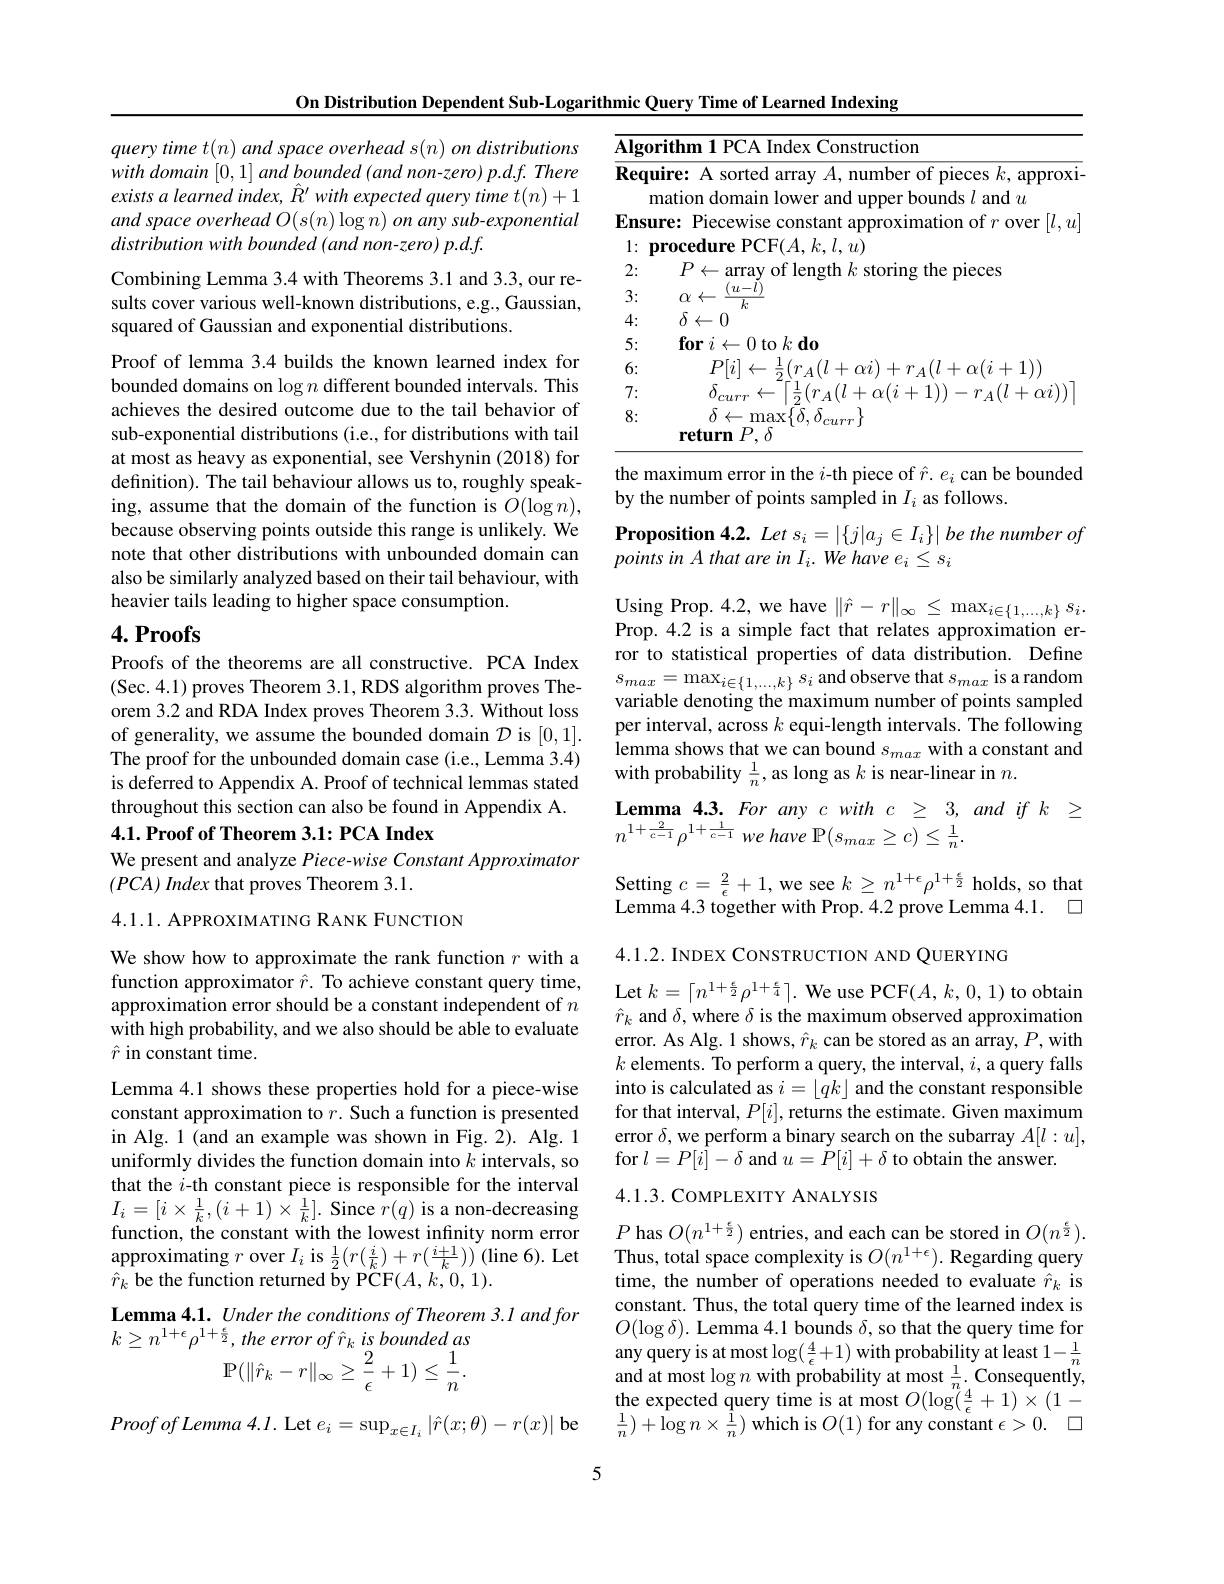
On Distribution Dependent Sub-Logarithmic Query Time of Learned Indexing

query time $t(n)$ and space overhead s(n) on distributions with domain [0,1] and bounded (and non-zero) p.d.f. There exists a learned index, $\hat{R}^{\prime}$ with expected query time $t(n)+1$ and space overhead O(s(n) log n) on any sub-exponential distribution with bounded (and non-zero) p.d.f.

Combining Lemma 3.4 with Theorems 3.1 and 3.3, our results cover various well-known distributions, e.g., Gaussian, squared of Gaussian and exponential distributions.

Proof of lemma 3.4 builds the known learned index for bounded domains on $\log n$ different bounded intervals. This achieves the desired outcome due to the tail behavior of sub-exponential distributions (i.e., for distributions with tail at most as heavy as exponential, see Vershynin (2018) for definition). The tail behaviour allows us to, roughly speaking, assume that the domain of the function is $O(\log n)$, because observing points outside this range is unlikely. We note that other distributions with unbounded domain can also be similarly analyzed based on their tail behaviour, with heavier tails leading to higher space consumption.

## 4. Proofs

Proofs of the theorems are all constructive. PCA Index (Sec.4.1) proves Theorem 3.1, RDS algorithm proves Theorem 3.2 and RDA Index proves Theorem 3.3. Without loss of generality, we assume the bounded domain $\mathcal{D}$ is [0,1]. The proof for the unbounded domain case (i.e., Lemma 3.4) is deferred to Appendix A. Proof of technical lemmas stated throughout this section can also be found in Appendix A. 4.1. Proof of Theorem 3.1: PCA Index

We present and analyze Piece-wise Constant Approximator
$( PCA) \textit{Index that proves Theorem 3. 1. }$

4.1.1. APPROXIMATING RANK FUNCTION

We show how to approximate the rank function $r$ with a function approximator $\hat{r}.$ To achieve constant query time, approximation error should be a constant independent of $n$ with high probability, and we also should be able to evaluate $\hat{r}$ in constant time.

Lemma 4.1 shows these properties hold for a piece-wise constant approximation to $r.$ Such a function is presented in Alg. 1 (and an example was shown in Fig.2). Alg. 1 uniformly divides the function domain into $k$ intervals, so that the $i$-th constant piece is responsible for the interval $I_{i}=[i\times\frac{1}{k},(i+1)\times\frac{1}{k}].$ Since $\hat{r}(q)$ is a non-decreasing function, the constant with the lowest infinity norm error approximating $r$ over $I_i$ is $\frac12(r(\frac ik)+r(\frac{i+1}k))$ (line 6). Let $\hat{r}_{k}$ be the function returned by PCF$(A,k,0,1).$

Lemma 4.1. Under the conditions of Theorem 3.1 and for
$k\geq n^{1+\epsilon}\rho^{1+\frac\epsilon2}$, the error of $\hat{r} _k\textit{is bounded as}$
$\mathbb{P}(\|\hat{r}_k-r\|_\infty\geq\frac2\epsilon+1)\leq\frac1n.$

$Proofof\textit{ of Lemma 4. l. Let }e_i= \sup _{x\in I_i}\left | \hat{r} ( x; \theta ) - r( x) \right |$be

<table>
	<tbody>
		<tr>
			<td>rithm 1 PCA Index Construction</td>
		</tr>
		<tr>
			<td>$\textbf{uire: A sorted array }A$,number of pieces $k$, approxi mation domain lower and upper bounds $l$ and $u$</td>
		</tr>
		<tr>
			<td>$(u-l)$ $\alpha\leftarrow$ $k.$</td>
		</tr>
		<tr>
			<td>$\delta\leftarrow0$</td>
		</tr>
		<tr>
			<td>$\textbf{for}i\leftarrow 0$ to $k\textbf{do}$</td>
		</tr>
		<tr>
			<td>$N(\eta-1)$</td>
		</tr>
		<tr>
			<td>$M^{\prime}$</td>
		</tr>
		<tr>
			<td>$\delta\leftarrow\operatorname*{max}\{\bar{\delta},\delta_{curr}\}$ $\textbf{return}P. \delta$</td>
		</tr>
	</tbody>
</table>
the maximum error in the $i$-th piece of $\hat{r}.e_i$ can be bounded

by the number of points sampled in $I_i$ as follows.
Proposition 4.2. Let $s_i= | \{ j| a_j\in I_i\} | \textit{be the number of}$
points in A that are in I i. We have ei S i

Using Prop. 4.2, we have $\|\hat{r}-r\|_\infty\leq\max_{i\in\{1,\ldots,k\}}s_i.$ Prop.4.2 is a simple fact that relates approximation error to statistical properties of data distribution. Define $s_{max}=\operatorname*{max}_{i\in\{1,\ldots,k\}}s_{i}$ and observe that $s_max$ is a random variable denoting the maximum number of points sampled per interval, across $k$ equi-length intervals. The following lemma shows that we can bound $s_{max}$ with a constant and with probability $\frac1n$, as long as $k$ is near-linear in $n.$
$\textbf{Lemma 4. 3. For any c with }c\geq 3, andifk\geq$

$n^{1+ \frac 2{c- 1}}\rho ^{1+ \frac 1{c- 1}}we$ have $\mathbb{P} ( s_{max}\geq c) \leq \frac 1n.$

Setting $c=\frac2\epsilon+1$, we see $k\geq n^{1+\epsilon}\rho^{1+\frac\epsilon2}$ holds, so that Lemma 4.3 together with Prop. 4.2 prove Lemma 4.1. 口

4.1.2. INDEX CONSTRUCTION AND QUERYING

Let $k=\lceil n^{1+\frac\epsilon2}\rho^{1+\frac\epsilon4}\rceil.$ We use PCF$(A,k,0,1)$ to obtain $\hat{r}_k$ and $\delta$,where $\delta$ is the maximum observed approximation error. As Alg. 1 shows, $\hat{r}_k$ can be stored as an array, $P$,with $k$ elements. To perform a query, the interval, $i$, a query falls into is calculated as $i=\lfloor qk\rfloor$ and the constant responsible for that interval, $P[i]$, returns the estimate. Given maximum error $\delta$, we perform a binary search on the subarray $A[l:u]$, for $l=P[i]-\delta$ and $u=\dot{P}[i]+\delta$ to obtain the answer.

## 4.1.3. COMPLEXITY ANALYSIS

$P$ has $O(n^{1+\frac\epsilon2})$ entries, and each can be stored in $O(n^{\frac\epsilon2}).$ Thus, total space complexity is $O(n^{1+\epsilon}).$ Regarding query time, the number of operations needed to evaluate $\hat{r}_k$ is constant. Thus, the total query time of the learned index is $O(\log\delta).$ Lemma 4.1 bounds $\delta$, so that the query time for any query is at most $\log(\frac4\epsilon+1)$ with probability at least $1-\frac1n$ and at most $\log n$ with probability at most $\frac1n.$ Consequently the expected query time is at most $O(\log(\frac4\epsilon+1)\times(1-$ $\frac{1}{n})+\log n\times\frac{1}{n})$ which is $O(1)$ for any constant $\epsilon > 0.$ $\square$

5